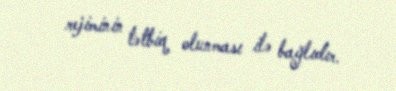
rejiminin tətbiq olunması ilə bağlıdır.